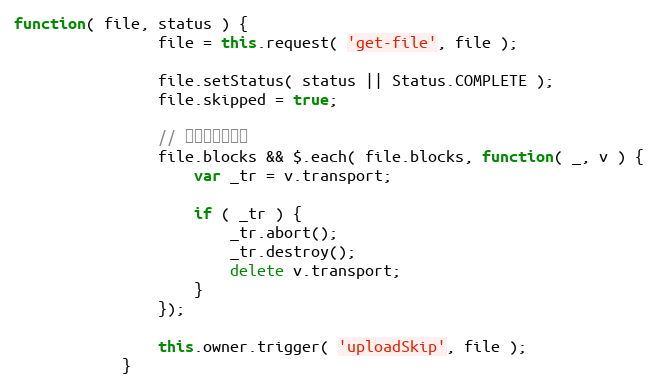
Language: JavaScript
function( file, status ) {
                file = this.request( 'get-file', file );

                file.setStatus( status || Status.COMPLETE );
                file.skipped = true;

                // 如果正在上传。
                file.blocks && $.each( file.blocks, function( _, v ) {
                    var _tr = v.transport;

                    if ( _tr ) {
                        _tr.abort();
                        _tr.destroy();
                        delete v.transport;
                    }
                });

                this.owner.trigger( 'uploadSkip', file );
            }